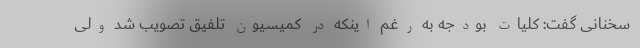
سخنانی گفت: کلیات بودجه به رغم اینکه در کمیسیون تلفیق تصویب شد ولی